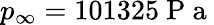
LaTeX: p_{\infty}=101325\mathrm{~P~a~}